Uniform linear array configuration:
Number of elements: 24
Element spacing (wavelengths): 0.75
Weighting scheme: binomial
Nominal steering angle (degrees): -15
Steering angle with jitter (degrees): -14.079
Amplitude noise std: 0.05
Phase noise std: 0.05

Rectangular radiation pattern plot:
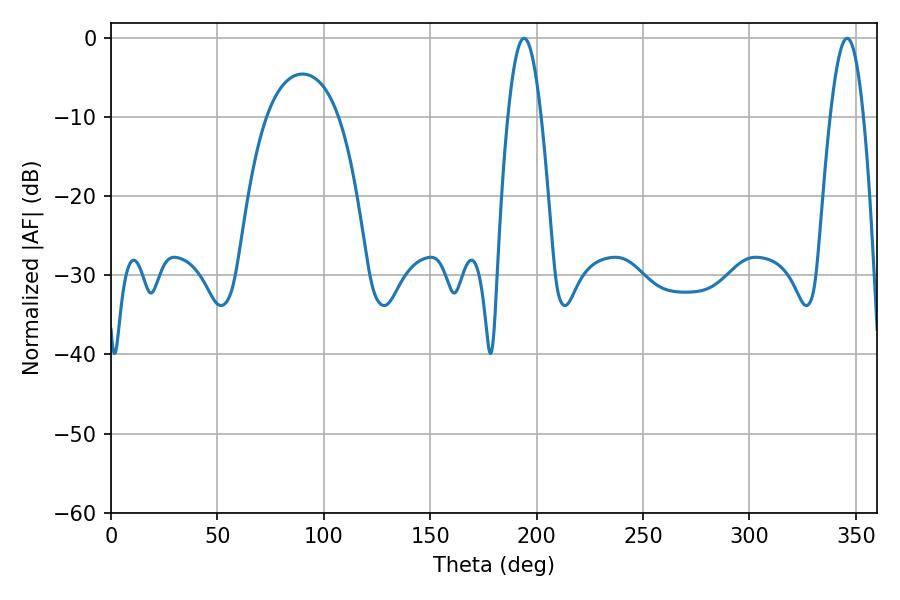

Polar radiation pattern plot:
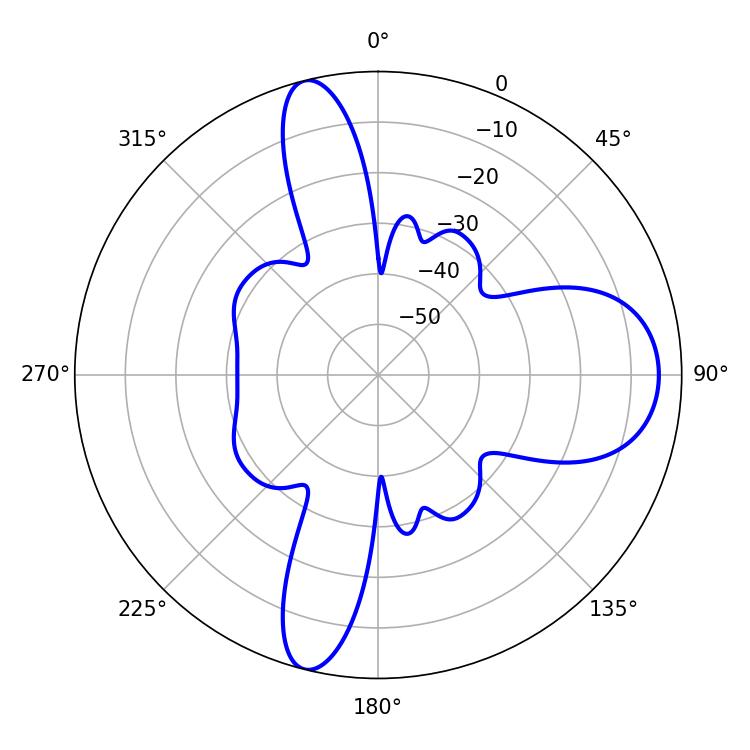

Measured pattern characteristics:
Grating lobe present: TRUE
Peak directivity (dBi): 13.829
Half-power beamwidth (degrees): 8.46
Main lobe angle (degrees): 194.04